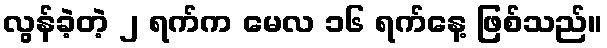
လွန်ခဲ့တဲ့ ၂ ရက်က မေလ ၁၆ ရက်နေ့ ဖြစ်သည်။